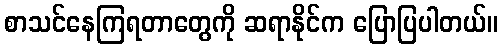
စာသင်နေကြရတာတွေကို ဆရာနိုင်က ပြောပြပါတယ်။